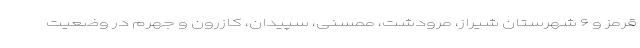
قرمز و ۶ شهرستان شیراز، مرودشت، ممسنی، سپیدان، کازرون و جهرم در وضعیت